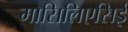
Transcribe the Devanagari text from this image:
मासिलिएसिई